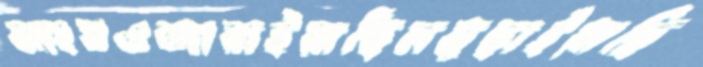
নাংযওজারাইয়াছিলমুছাইয়াছি